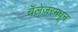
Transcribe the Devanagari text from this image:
चॅलेंजरमधून